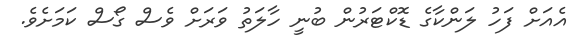
އެއަށް ފަހު ލަންކާގެ ޑޮކްޓަރުން ބުނީ ހާލަތު ވަރަށް ވެސް ގޯސް ކަމަށެވެ.